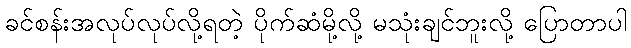
ခင်စန်းအလုပ်လုပ်လို့ရတဲ့ ပိုက်ဆံမို့လို့ မသုံးချင်ဘူးလို့ ပြောတာပါ